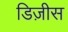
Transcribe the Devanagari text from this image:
डिज़ीस